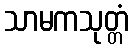
သာမကသုတ္တံ